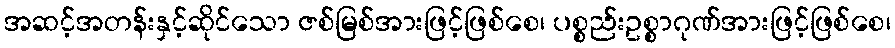
အဆင့်အတန်းနှင့်ဆိုင်သော ဇစ်မြစ်အားဖြင့်ဖြစ်စေ၊ ပစ္စည်းဥစ္စာဂုဏ်အားဖြင့်ဖြစ်စေ၊